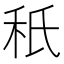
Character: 秖